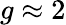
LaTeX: g\approx 2